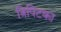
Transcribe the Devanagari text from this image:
त्रिपिटका